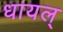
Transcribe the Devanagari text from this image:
धायल्